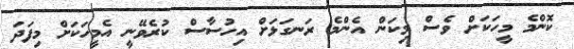
ކޮންމެ މީހަކަށް ވެސް މިކަން އެންމެ ރަނގަޅަށް އިހުސާސް ކުރެވޭނީ އެމީހަކަށް މިފަދަ